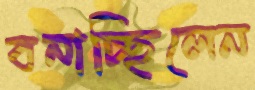
বনাচ্ছিলেন